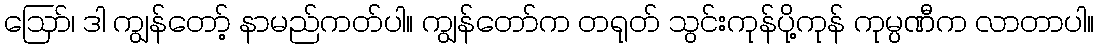
ဪ၊ ဒါ ကျွန်တော့် နာမည်ကတ်ပါ။ ကျွန်တော်က တရုတ် သွင်းကုန်ပို့ကုန် ကုမ္ပဏီက လာတာပါ။